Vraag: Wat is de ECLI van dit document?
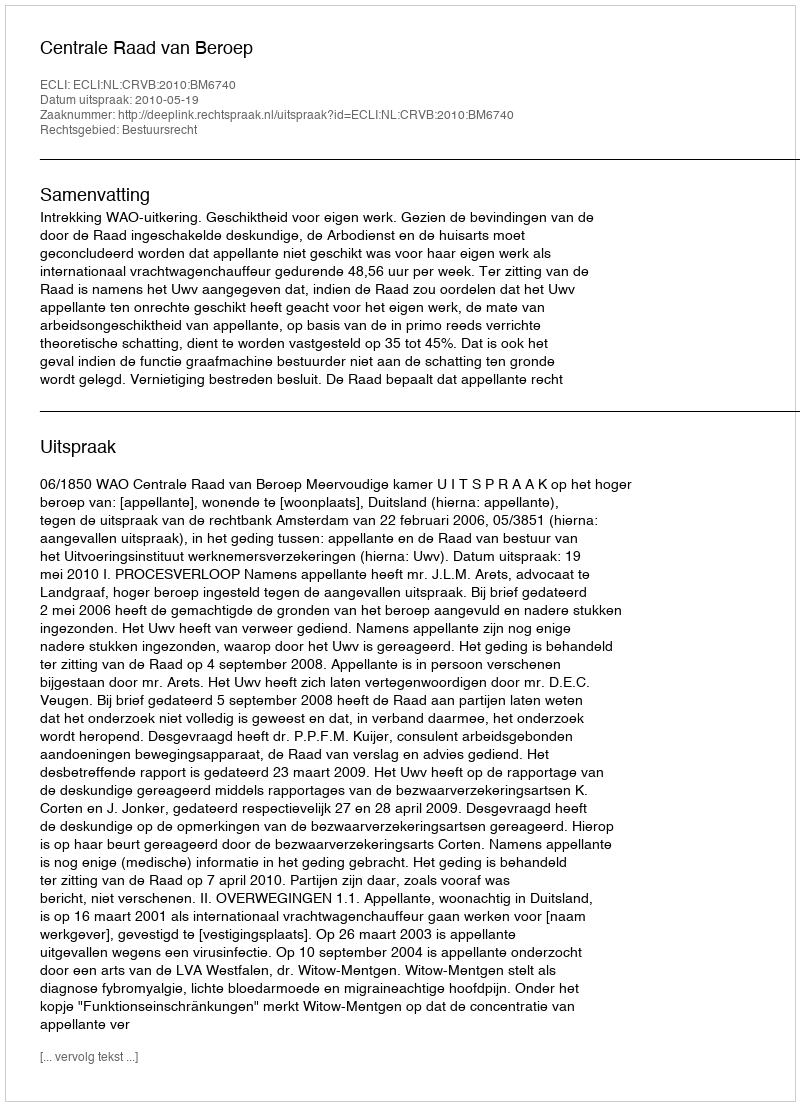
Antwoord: ECLI:NL:CRVB:2010:BM6740